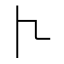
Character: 𠁢